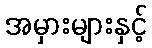
အမှားများနှင့်